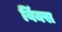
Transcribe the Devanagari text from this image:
विंक्स